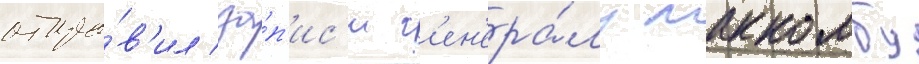
отпра́в'ил за́п'ис'и г'ен'ера́лу маккомбу